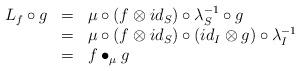
LaTeX: \begin{align*}\begin{array}{lll}L_f\circ g&=&\mu\circ (f\otimes id_S)\circ \lambda_S^{-1}\circ g\\&=&\mu\circ (f\otimes id_S)\circ (id_I\otimes g)\circ \lambda_I^{-1}\\&=&f\bullet_\mu g\end{array}\end{align*}